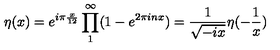
\eta ( x ) = e ^ { i \pi \frac { x } { 1 2 } } \prod _ { 1 } ^ { \infty } ( 1 - e ^ { 2 \pi i n x } ) = \frac { 1 } { \sqrt { - i x } } \eta ( - \frac { 1 } { x } )